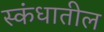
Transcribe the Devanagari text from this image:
स्कंधातील